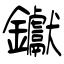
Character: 钀